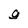
Character: g